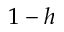
1 - h